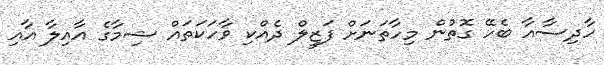
ހާދިސާއާ ބެހޭ ގޮތުން މިހާތަނަށް ފަޒީލް ދެއްކި ވާހަކަތައް ޝިމާގެ އާއިލާ އާއި